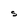
Character: s